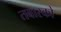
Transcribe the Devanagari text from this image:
तबास्को